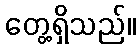
တွေ့ရှိသည်။